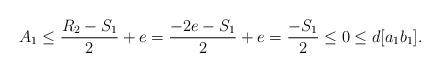
LaTeX: \begin{align*} A_{1}\le \dfrac{R_{2}-S_{1}}{2}+e=\dfrac{-2e-S_{1}}{2}+e=\dfrac{-S_{1}}{2}\le 0\le d[a_{1}b_{1}]. \end{align*}